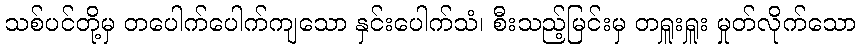
သစ်ပင်တို့မှ တပေါက်ပေါက်ကျသော နှင်းပေါက်သံ၊ စီးသည့်မြင်းမှ တရှူးရှူး မှုတ်လိုက်သော